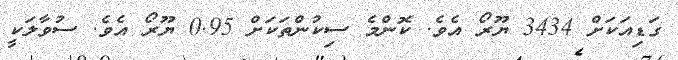
ގަޑިއަކަށް 3434 ޔޫރޯ އެވެ. ކޮންމެ ސިކުންތަކަށް 0.95 ޔޫރޯ އެވެ. ސުވާލަކީ